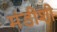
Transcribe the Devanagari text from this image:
मंडीशी